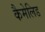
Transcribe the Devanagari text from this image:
कैमेलिड